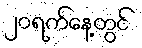
၂၀ရက်နေ့တွင်